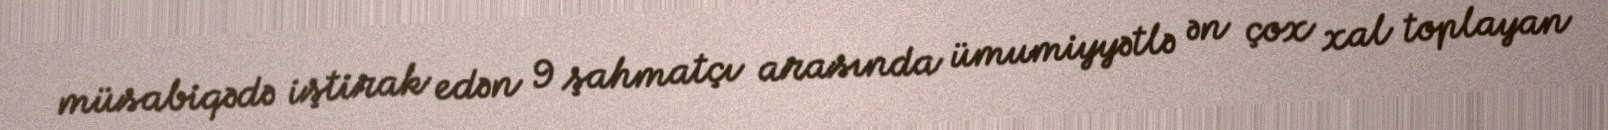
müsabiqədə iştirak edən 9 şahmatçı arasında ümumiyyətlə ən çox xal toplayan